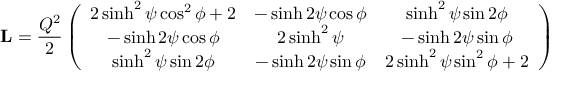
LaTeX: \mathbf { L } = \frac { Q ^ { 2 } } { 2 } \left( \begin{array} { c c c } { { 2 \sinh ^ { 2 } \psi \cos ^ { 2 } \phi + 2 } } & { { - \sinh 2 \psi \cos \phi } } & { { \sinh ^ { 2 } \psi \sin 2 \phi } } \\ { { - \sinh 2 \psi \cos \phi } } & { { 2 \sinh ^ { 2 } \psi } } & { { - \sinh 2 \psi \sin \phi } } \\ { { \sinh ^ { 2 } \psi \sin 2 \phi } } & { { - \sinh 2 \psi \sin \phi } } & { { 2 \sinh ^ { 2 } \psi \sin ^ { 2 } \phi + 2 } } \end{array} \right)